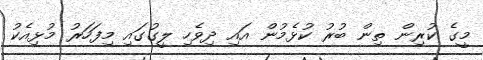
މީގެ ކުރިން ތިން ބުރު ކުޅެމުން އައި ދިވެހި ލީގުގައި މިފަހަރު މުޅިއެކު